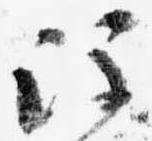
注